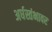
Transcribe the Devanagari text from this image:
अर्धस्तंभावर